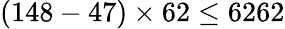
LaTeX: (148-47)\times 62\leq 6262